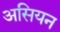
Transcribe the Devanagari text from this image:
असियन